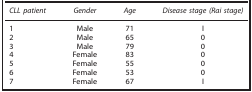
| CLL patient | Gender | Age | Disease stage (Rai stage) |
 | --- | --- | --- | --- |
 | 1 | Male | 71 | I |
 | 2 | Male | 65 | 0 |
 | 3 | Male | 79 | 0 |
 | 4 | Female | 83 | 0 |
 | 5 | Female | 55 | 0 |
 | 6 | Female | 53 | 0 |
 | 7 | Female | 67 | I |